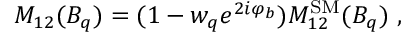
M _ { 1 2 } ( B _ { q } ) = ( 1 - w _ { q } e ^ { 2 i \varphi _ { b } } ) M _ { 1 2 } ^ { \mathrm { S M } } ( B _ { q } ) \ ,